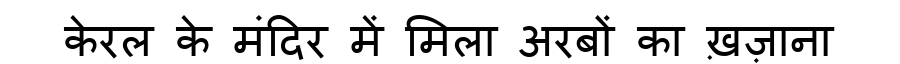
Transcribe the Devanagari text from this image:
केरल के मंदिर में मिला अरबों का ख़ज़ाना